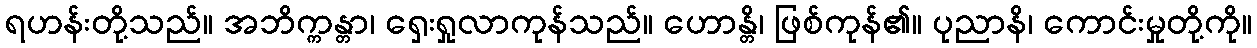
ရဟန်းတို့သည်။ အဘိက္ကန္တာ၊ ရှေးရှုလာကုန်သည်။ ဟောန္တိ၊ ဖြစ်ကုန်၏။ ပုညာနိ၊ ကောင်းမှုတို့ကို။